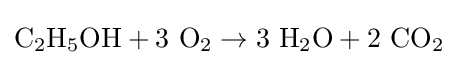
\mathrm {C_{2}H_{5}OH+3\ O_{2}\to 3\ H_{2}O+2\ CO_{2}}